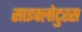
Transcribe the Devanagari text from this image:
साइक्लोटुरस